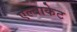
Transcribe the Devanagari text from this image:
एल्बाकेट